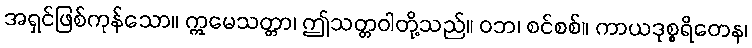
အရှင်ဖြစ်ကုန်သော။ ဣမေသတ္တာ၊ ဤသတ္တဝါတို့သည်။ ဝဘ၊ စင်စစ်။ ကာယဒုစ္စရိတေန၊